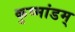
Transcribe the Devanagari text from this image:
कुष्मांडम्